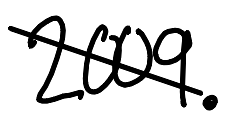
Text: 2009.
Cross-out: diagonal
Writing tool: digital_black